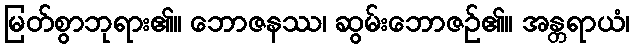
မြတ်စွာဘုရား၏။ ဘောဇနဿ၊ ဆွမ်းဘောဇဉ်၏။ အန္တရာယံ၊